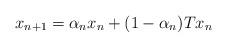
LaTeX: \begin{align*} x_{n+1} = \alpha_n x_n + (1 - \alpha_n) Tx_n \end{align*}